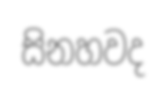
සිනහවද